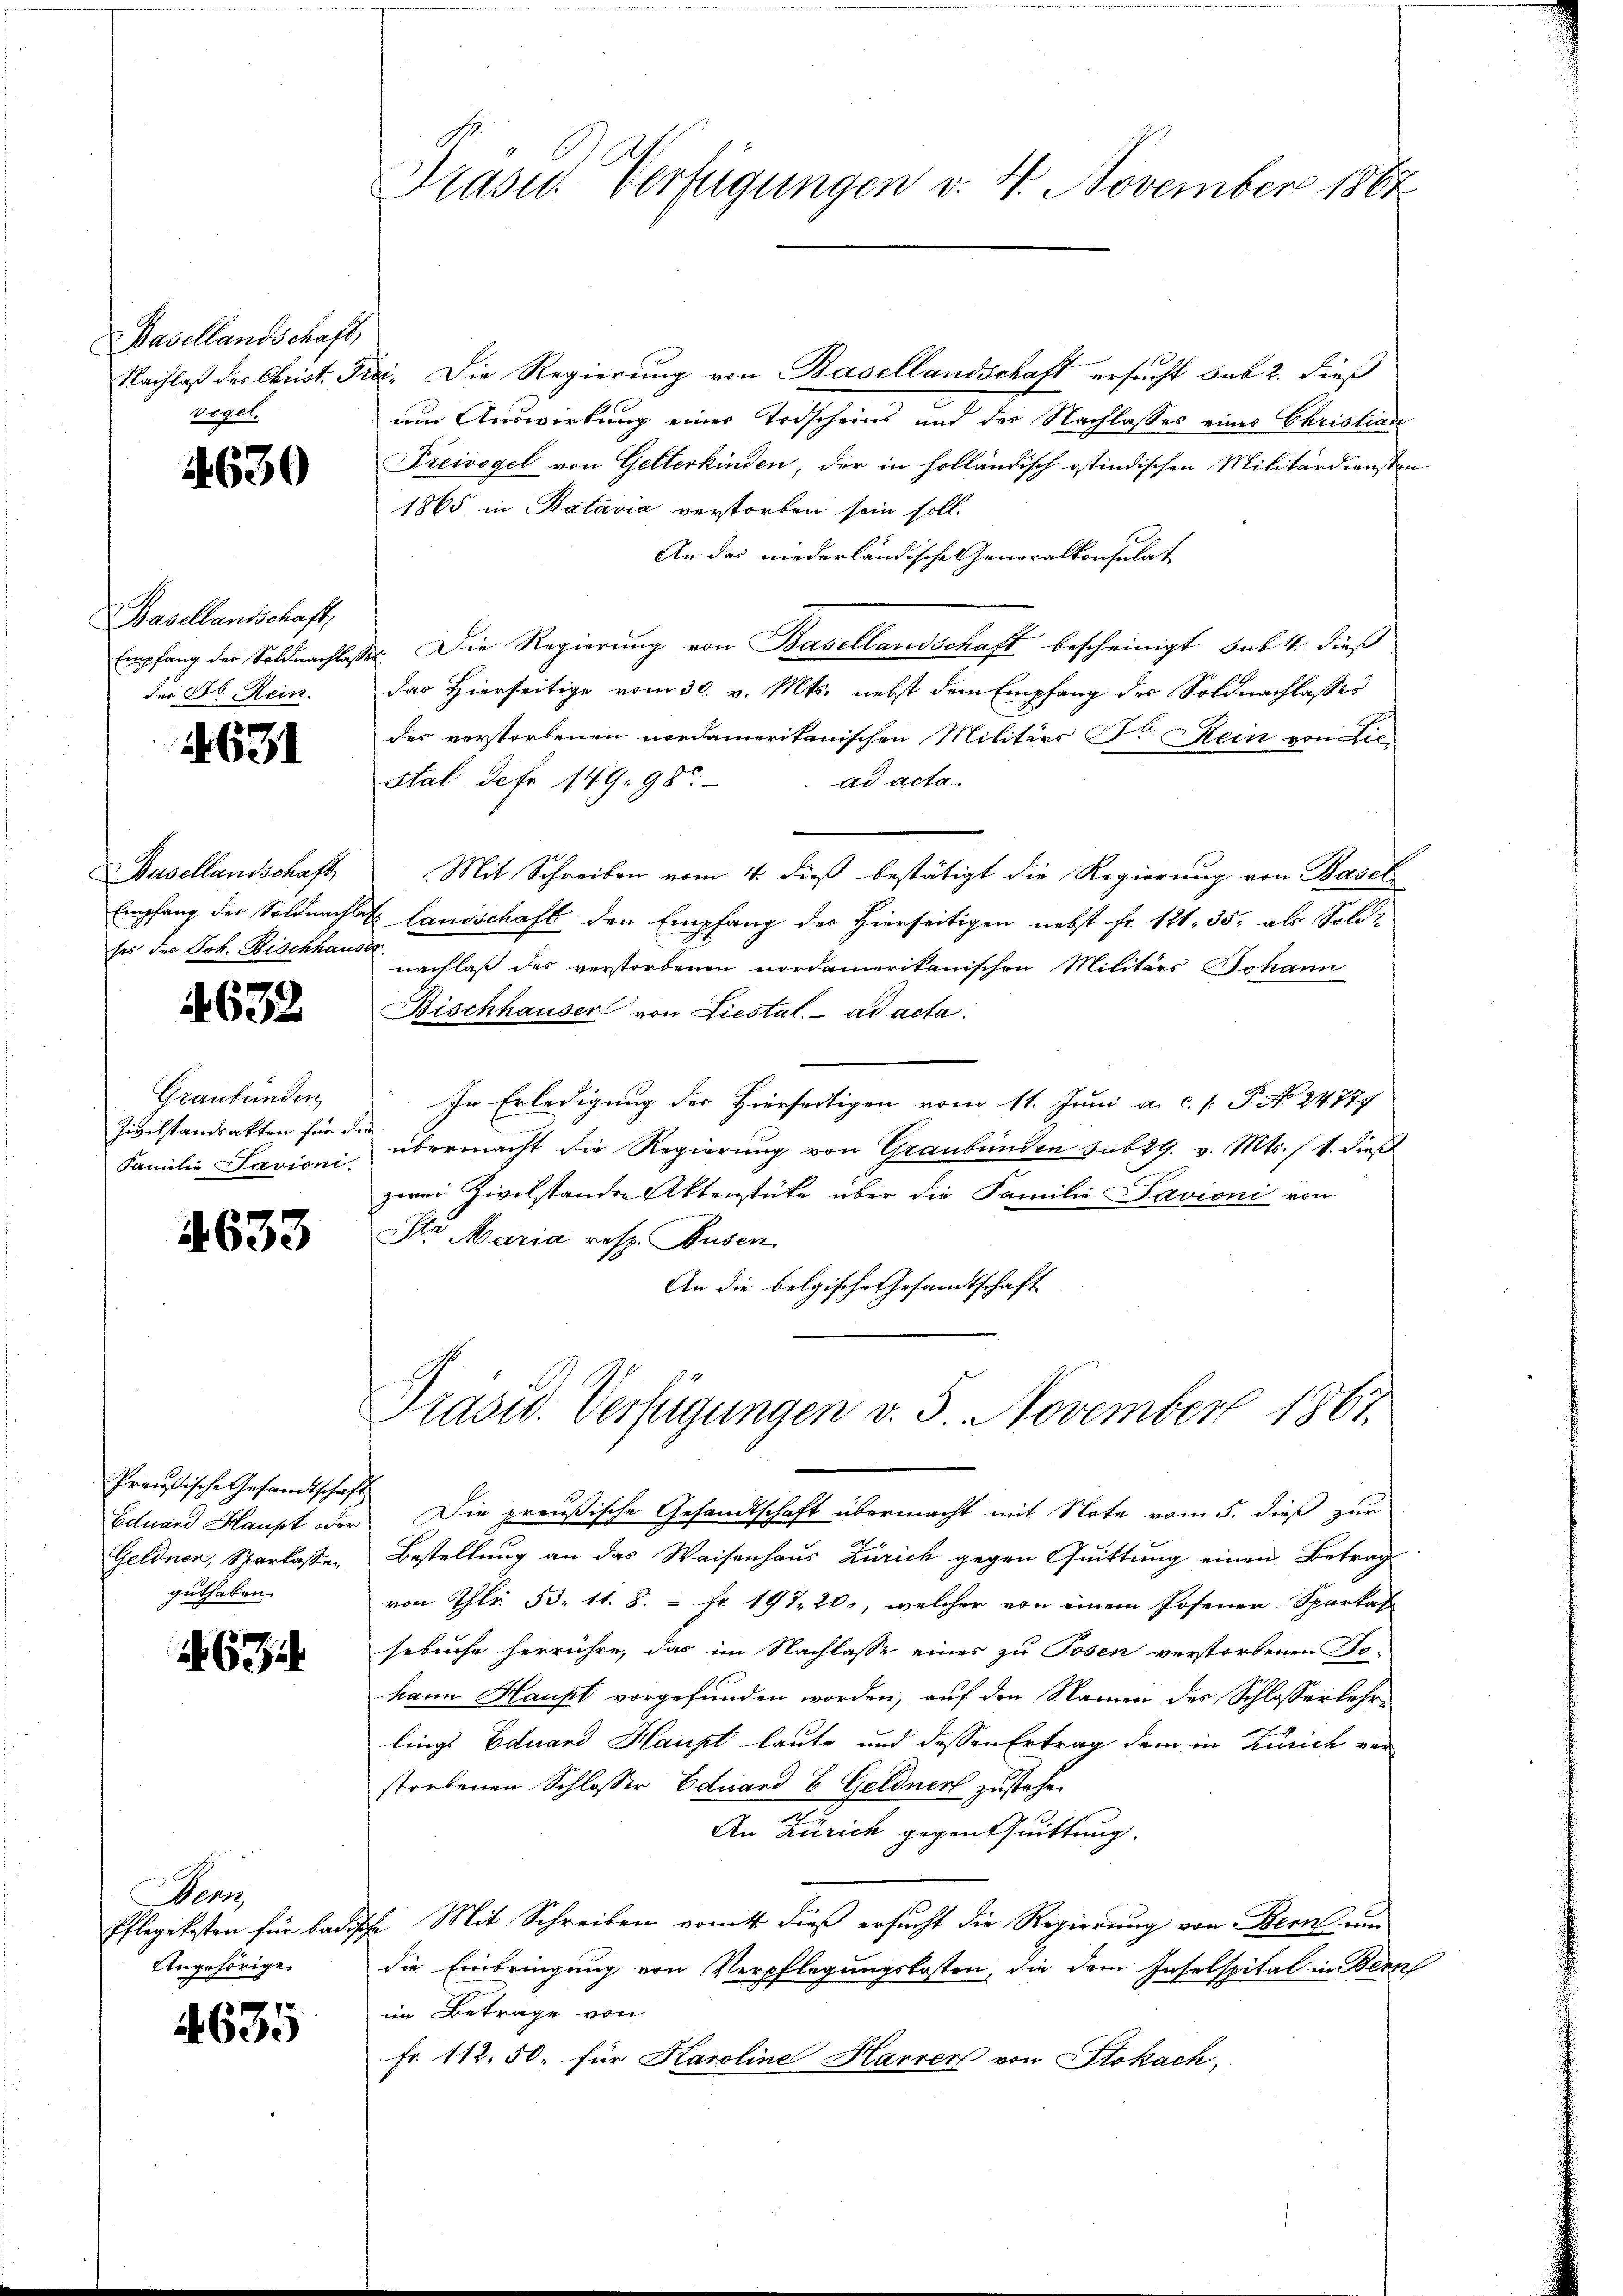
Basellandschaft,
Nachlaß der Christ. Fr.
vogel.

4630

Basellandschaft,
Empfang der Soldnachlasse
der Jb. Rein

631

Basellandschaft
Empfang der Soldnachlag
sos des Joh. Bischhaus

632

Graubünden
Zivilstandsakten für de
Familie Savioni,

4633

Preußische Gesandtschaft
Eduard Haupt oder
Geldner, Sparkassen
guthaben.

634

Dens
Pflegekosten für badisch
Angehörige.

4635

Präsid. Verfügungen v. 4. November 1882

i. Die Regierung von Basellandschaft ersucht sub 2. dieß
um Auswirkung einer Todscheins und der Nachlasses eines Christian
Freivogel von Gelterkinden, der in holländisch gtindischen Militärdiensten
1865 in Batavia verstorben sein soll.
An das niederländische Generalkonsulat
. Die Regierung von Basellandschaft bescheinigt, sub. 4. dieß
das Hierseitige vom 30. v. Mts. nebst dem Empfang des Soldnachlasses
des verstorbenen nordamerikanischen Militärs Fr. Kein von See¬
Stal defe 149. 980
dd acta.
Mit Schreiben vom 4. dieß bestätigt die Regierung von Basel
 Landschaft den Empfang der Hierseitigen nebst Fr. 121. 35. als Solde
nachlaß des verstorbenen nordamerikanischen Militärs Johann
Bischhauser von Liestal. ad acta.
In Erledigung der Hierseitigen vom 11. Juni a. c. P. N. 24777
übermacht die Regierung von Graubünden sub 29. v. Mts. 11. dieß
zwei Zivilstanden Aktenstücke über die Familie Savioni von
Sta Maria resp. Busen
An die belgische Gesandtschaft
Präsid. Verfügungen v. 5. November 1867.
Die preußische Gesandtschaft übermacht mit Note vom 5. dieß zur
Bestellung an das Waisenhaus Zürich gegen Quittung einen Betrag
von Thlr. 53. 11. 8. = Fr. 197, 20, welcher von einem Posener-Sparkaf
sebuche herrühre, das im Nachlasse eines zu Posen verstorbenen Be-
hann Haupt vorgefunden worden, auf den Namen des Schlosserkehr-
lings Eduard Haupt laute und dessen Ertrag dem in Zürich ver-
storbenen Schlosser Eduard E. Geldner zustehen
1
An Zürich gegenthuittung
B. Mit Schreiben vom 4. dieß ersucht die Regierung von Bern um
die Einbringung von Verpflegungskosten, die dem Inselspital in Bern
im Betrage von
Fr. 112.50. für Karoline Harrer von Stokach,